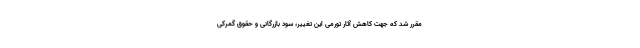
مقرر شد که جهت کاهش آثار تورمی این تغییر، سود بازرگانی و حقوق‌ گمرکی